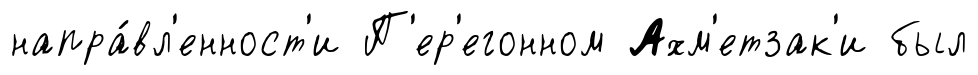
напра́вл'енност'и П'ер'егонном Ахм'етзак'и был